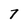
Character: 7